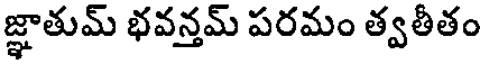
జ్ఞాతుమ్ భవన్తమ్ పరమం త్వతీతం